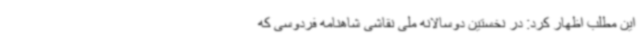
این مطلب اظهار کرد: در نخستین دوسالانه ملی نقاشی شاهنامه فردوسی که